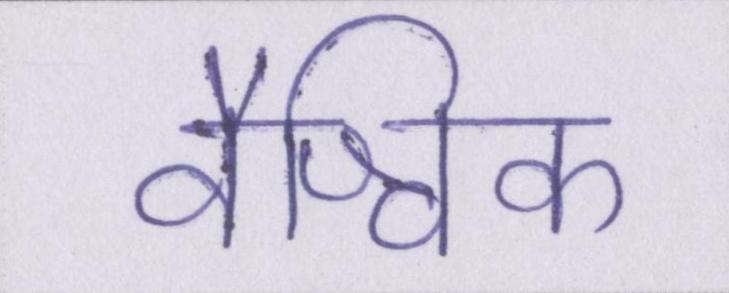
वैश्विक